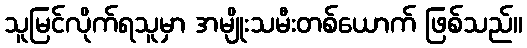
သူမြင်လိုက်ရသူမှာ အမျိုးသမီးတစ်ယောက် ဖြစ်သည်။